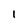
Character: 1